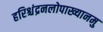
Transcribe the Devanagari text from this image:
हरिश्चंद्रनलोपाख्यानमु